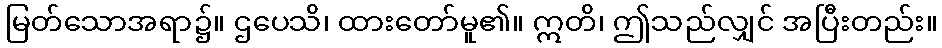
မြတ်သောအရာ၌။ ဌပေသိ၊ ထားတော်မူ၏။ ဣတိ၊ ဤသည်လျှင် အပြီးတည်း။